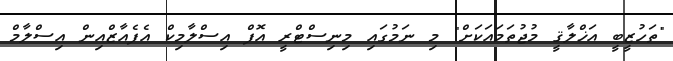
"ތަހުޒީބީ އަޚްލާޤީ މުޖުތަމައަކަށް" މި ނަމުގައި މިނިސްޓްރީ އޮފް އިސްލާމިކް އެފެއާޒްއިން އިސްލާމް